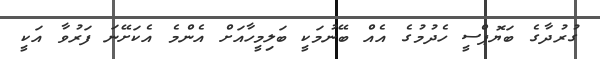
ގުރުދާގެ ބަޔޮޕްސީ ހެދުމުގެ އެއް ބޭނުމަކީ ބަލިމީހާއަށް އެންމެ އެކަށޭނަ ފަރުވާ އަކީ